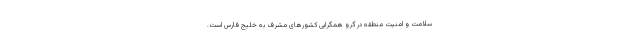
سلامت و امنیت منطقه در گرو همگرایی کشورهای مشرف به خلیج فارس است.